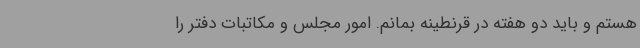
هستم و باید دو هفته در قرنطینه بمانم. امور مجلس و مکاتبات دفتر را